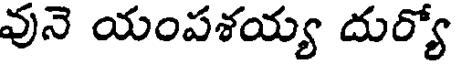
వునె యంపశయ్య దుర్యో